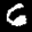
Label: 6